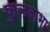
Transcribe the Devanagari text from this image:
फुलदाभा